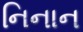
નિનાન